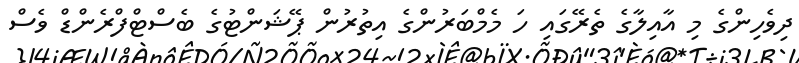
ދިވެހިންގެ މި އާއިލާގެ ތެރޭގައި ހަ މެމްބަރުންގެ އިތުރުން ޕޭޝަންޓުގެ ބެސްޓްފްރެންޑް ވެސް